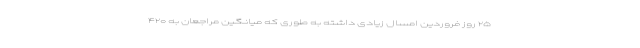
۲۵ روز فروردین امسال زیادی داشته به طوری که میانگین مراجعان به ۴۲۰